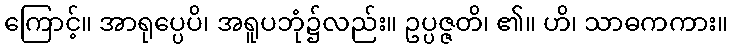
ကြောင့်။ အာရုပ္ပေပိ၊ အရူပဘုံ၌လည်း။ ဥပ္ပဇ္ဇတိ၊ ၏။ ဟိ၊ သာဓကကား။